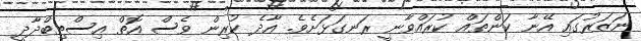
ނަޒަރުގައި އޭނާ ކަންތައް ކުރައްވާނީ ރަނގަޅަށެވެ. އާދެ ކުރިން ވެސް އޮތް އިސްތިބްދާދީ